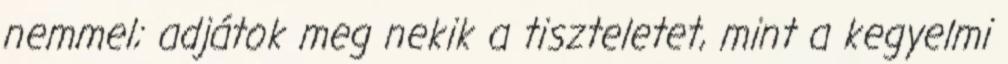
nemmel; adjátok meg nekik a tiszteletet, mint a kegyelmi